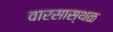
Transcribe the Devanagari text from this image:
वारसास्थळ